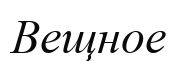
Вещное